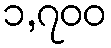
၁,၇၀၀